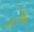
فى